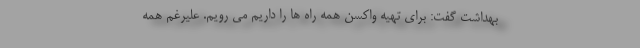
بهداشت گفت: برای تهیه واکسن همه راه ها را داریم می رویم. علیرغم همه